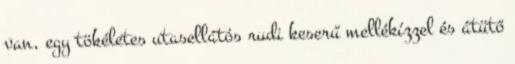
van, egy tökéletes utasellátós rudi keserű mellékízzel és átütő